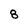
Character: 8